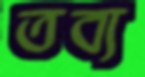
তব্য